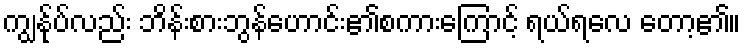
ကျွန်ုပ်လည်း ဘိန်းစားဘွန်ဟောင်း၏စကားကြောင့် ရယ်ရလေ တော့၏။